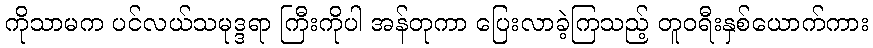
ကိုသာမက ပင်လယ်သမုဒ္ဒရာ ကြီးကိုပါ အန်တုကာ ပြေးလာခဲ့ကြသည့် တူဝရီးနှစ်ယောက်ကား